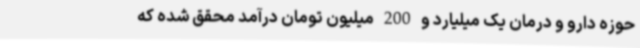
حوزه دارو و درمان یک میلیارد و 200 میلیون تومان درآمد محقق شده که